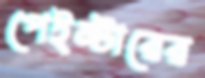
পেইন্টারের